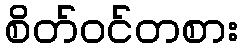
စိတ်ဝင်တစား